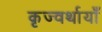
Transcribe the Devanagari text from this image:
कृज्वर्थायाँ